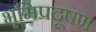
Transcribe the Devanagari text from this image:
भूमिप्रदूषण